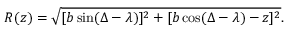
R ( z ) = \sqrt { [ b \sin ( \Delta - \lambda ) ] ^ { 2 } + [ b \cos ( \Delta - \lambda ) - z ] ^ { 2 } } .